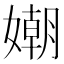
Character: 𡡲